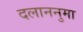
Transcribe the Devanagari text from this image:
दलाननुमा